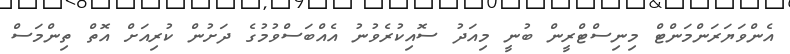
އެންވަޔަރަންމަންޓް މިނިސްޓްރީން ބުނީ މިއަދު ސޮއިކުރެވުނު އެއްބަސްވުމުގެ ދަށުން ކުރިއަށް އޮތް ތިންމަސް